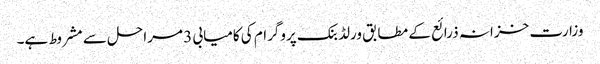
وزارت خزانہ ذرائع کے مطابق ورلڈ بنک پروگرام کی کامیابی 3 مراحل سے مشروط ہے۔